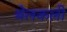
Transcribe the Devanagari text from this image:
बेलकली